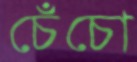
চেঁচো